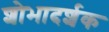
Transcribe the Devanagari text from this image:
शोभादर्शक